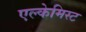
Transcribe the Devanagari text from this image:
एल्केमिस्ट